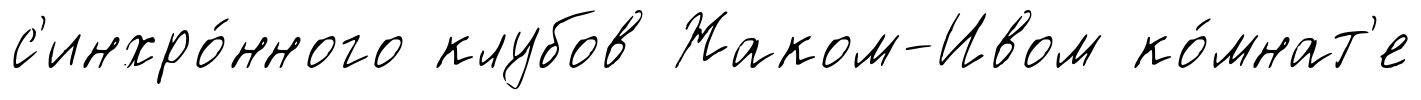
с'инхро́нного клубов Жаком-Ивом ко́мнат'е